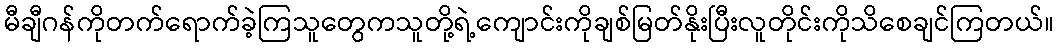
မီချီဂန်ကိုတက်ရောက်ခဲ့ကြသူတွေကသူတို့ရဲ့ကျောင်းကိုချစ်မြတ်နိုးပြီးလူတိုင်းကိုသိစေချင်ကြတယ်။